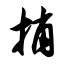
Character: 捎